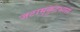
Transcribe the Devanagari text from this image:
जटामुकुटधारी